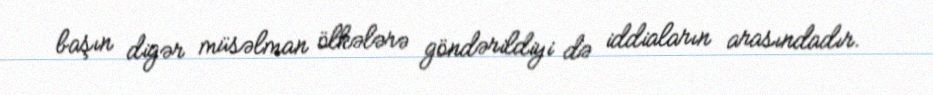
başın digər müsəlman ölkələrə göndərildiyi də iddiaların arasındadır.